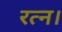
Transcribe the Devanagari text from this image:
रत्न।